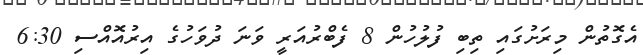
އެގޮތުން މިރަށުގައި ތިބި ފުލުހުން 8 ފެބްރުއަރީ ވަނަ ދުވަހުގެ އިރުއޮއްސި 6:30